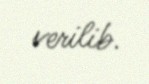
verilib.